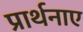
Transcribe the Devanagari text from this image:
प्रार्थनाए